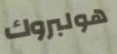
هولبروك